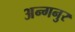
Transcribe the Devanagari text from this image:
अन्गनुर